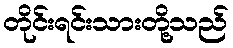
တိုင်းရင်းသားတို့သည်